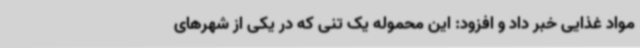
مواد غذایی خبر داد و افزود: این محموله یک تنی که در یکی از شهرهای